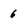
Character: 6